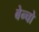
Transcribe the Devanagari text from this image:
बेन्चो